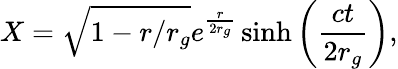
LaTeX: X=\sqrt{1-r/r_{g}}e^{\frac{r}{2r_{g}}}\sinh\left(\frac{ct}{2r_{g}}\right),